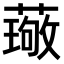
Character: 𫉦